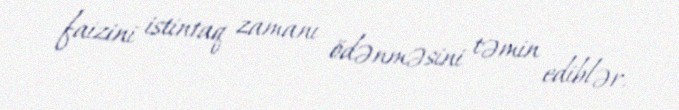
faizini istintaq zamanı ödənməsini təmin ediblər.